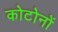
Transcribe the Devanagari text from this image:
कोटोनों